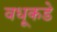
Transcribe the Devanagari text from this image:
वधूकडे